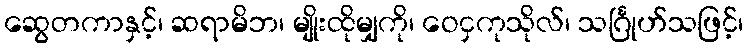
ဆွေတကာနှင့်၊ ဆရာမိဘ၊ မျိုးထိုမျှကို၊ ဝေငှကုသိုလ်၊ သင်္ဂြုဟ်သဖြင့်၊